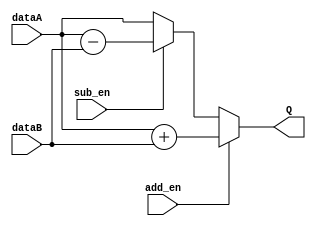
module CombAddSub(add_en, sub_en, dataA, dataB, Q);
    input [15:0] dataA, dataB;
    input add_en, sub_en;
    output [15:0] Q;

    assign Q = (add_en) ? dataA + dataB : (sub_en) ? dataA - dataB : dataA;

endmodule